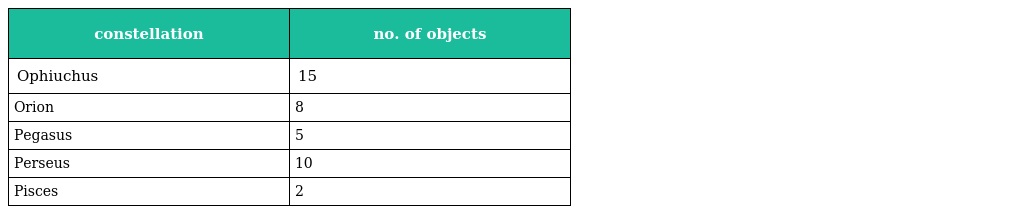
| constellation | no. of objects |
 | --- | --- |
 | Ophiuchus | 15 |
 | Orion | 8 |
 | Pegasus | 5 |
 | Perseus | 10 |
 | Pisces | 2 |